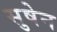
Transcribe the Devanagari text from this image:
सुषेन